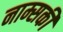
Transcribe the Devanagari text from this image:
नाम्सकी